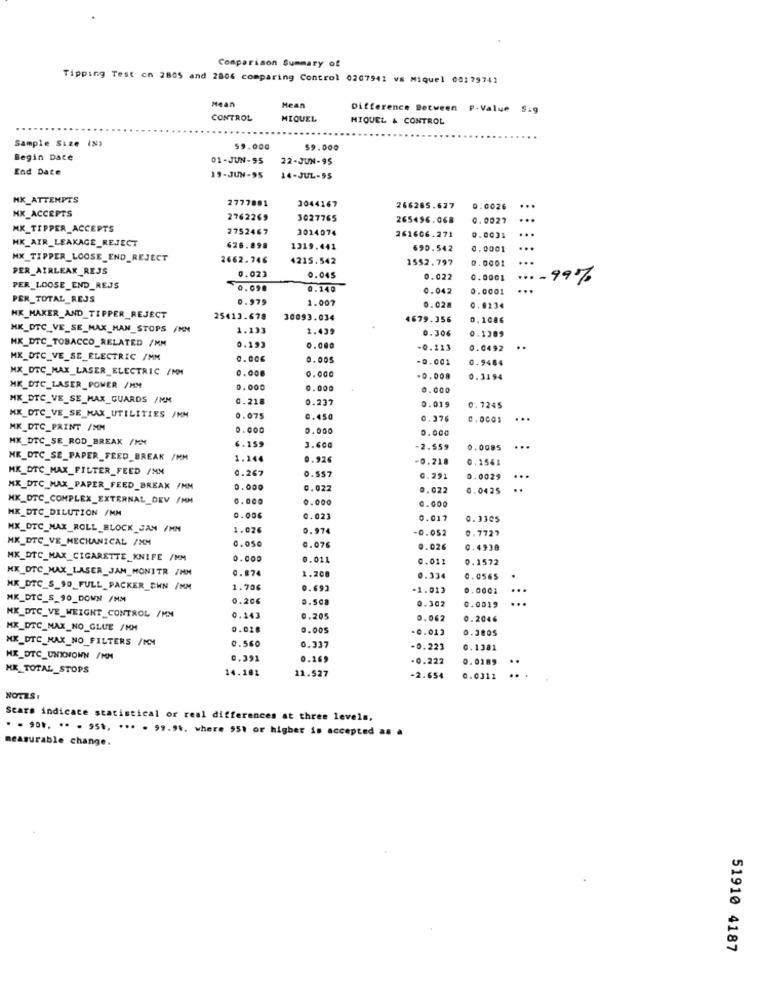
Comparison Summary of
Tipping Test on 2805 and 2806 comparing Control 0207941 vs Miquel 00179741
Mean
Hean
Difference Between P-Value Sig
CONTROL
MIQUEL
MIQUEL & CONTROL
Sample Size (N)
$9.000
$9.000
Begin Date
01-JUN-95
22-JUN-95
End Date
19-JUN-95
14-JUL-95
HK_ATTEMPTS
2777881
3044167
266285.627
0.0026
...
MX_ACCEPTS
2762269
3027765
265496.068
0.0027
MX_TIPPER_ACCEPTS
2752467
3014074
...
261606.271
0.0031
HK_AIR_LEAKAGE_REJECT
626.898
1319.441
690.542
0.0001
...
MX_TIPPER_LOOSE_END_REJECT
2662.746
4215.542
1552.797
0.0001
PER_AIRLEAK_REJS
0.023
0.045
0.022
0.0001
.... 99%
PER_LOOSE_END_REJS
0.090
0.140
0.042
0.0001
...
PER_TOTAL_REJS
0.979
1.007
0.028
0.8234
MK_MAKER_AND_TIPPER_REJECT
25413.678
30093.034
4679.356
0.1086
MK_DTC_VE_SE_MAX_MAN_STOPS /MN
1.133
1.499
0.306
0.1309
HK_DTC_TOBACCO_RELATED /MM
0.193
-0.223
0.0492
..
MK_DTC_VE_SE_ELECTRIC /MM
0.00
0 .005
-0.001
0.9464
MX_OTC_MAX_LASER_ELECTRIC /MM
0.008
0.000
-0.008
0.3194
MK_DIC_LASER_POWER /MM
0.000
0.00
0.000
MK_DTC_VE_SE_MAX_GUARDS /MM
0.218
0.237
0.019
0.7245
MX_DTC_VE_SE_MAX_UTILITIES /KM
0.075
0.450
0.376
0.0001
...
MK_DTC_PRINT /MM
0.000
0.000
0.000
MK_DTC_SE_ROD_BREAK /MM
6. 159
3.600
2.559
0.0085 ...
HK_OTC_SE_PAPER_FEED_BREAK /MM
1.144
0.926
0.218
0.1561
MK_DTC_MAX_FILTER_FEED /NM
0.267
0.557
0.291
0.0029
...
MK_DTC_MAX_PAPER_FEED_BREAK /MN
0.000
0.022
0.022
0,0425
..
MK_OTC_COMPLEX_EXTERNAL_DEV /MM
0.000
0.000
0.000
MK_DTC_DILUTION /MM
0.00€
0.023
0.017
0.3305
MX_OTC_MAX_ROLL_BLOCK JAN /HN
1.026
0.974
-0.052
0.7727
MX_DTC_VE_MECHANICAL /XM
0.050
0.076
0.026
0.4938
MK_DTC_MAX_CIGARETTE_KNIFE /MM
0.000
0.011
0.011
0.1572
MX_DTC_MAX_LASER_JAM_MONITR /MM
0.874
1.200
0.334
0.0565
MK_DTC_S_90_FULL_PACKER_CHN /MM
1.70€
0.693
-1.013
.0001
...
MK_DTC_S_90_DOWN /MM
0.206
5.508
0.302
...
0.0019
MK_DTC_VE_WEIGHT_CONTROL /MM
0.143
0.205
0.062
0.2046
MX_DTC_MAX_NO_GLUE /KM
0.028
0.005
-0. 013
0.3005
MK_DTC_MAX_NO_FILTERS /MM
0.560
0.337
-0.223
0.1381
HX_DTC_UNKNOWN /MM
0.391
0.269
-0.222
0.0189
KK_TOTAL_STOPS
14.181
11.527
-2.654
0.0311
NOTES:
Scars indicate statistical or real differences at three levels,
. - 9 ... .. . 95 .. ... . 99.9%. where 551 or higher is accepted as a
measurable change.
51910 4187